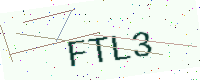
Text: FTL3